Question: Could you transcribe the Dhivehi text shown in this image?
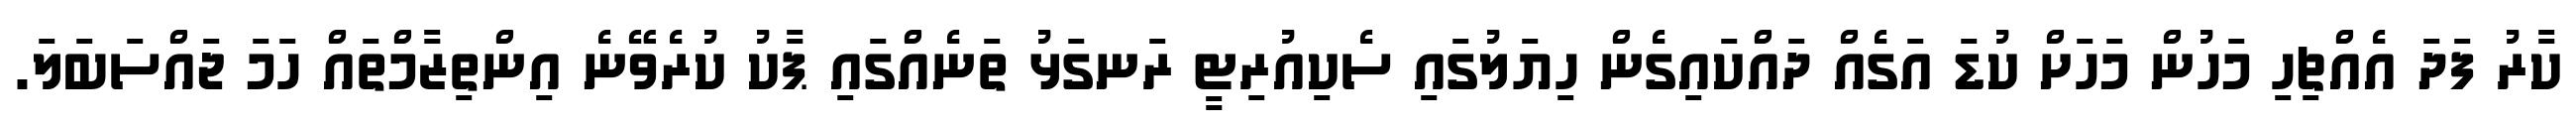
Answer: ކާރު ފަދަ އެއްޗިހި މަހުން މަހަށް ކުޑަ އަގެއް ދައްކައިގެން ހިޔަލުގައި ސެކިއުރިޓީ ރަނގަޅު ތަނެއްގައި ޕާކު ކުރެވޭނެ އިންތިޒާމްތައް ހަމަ ޖައްސަބަލަ.